Annual administration report of the Bombay Presidency - 1887-1892
Year: 1887
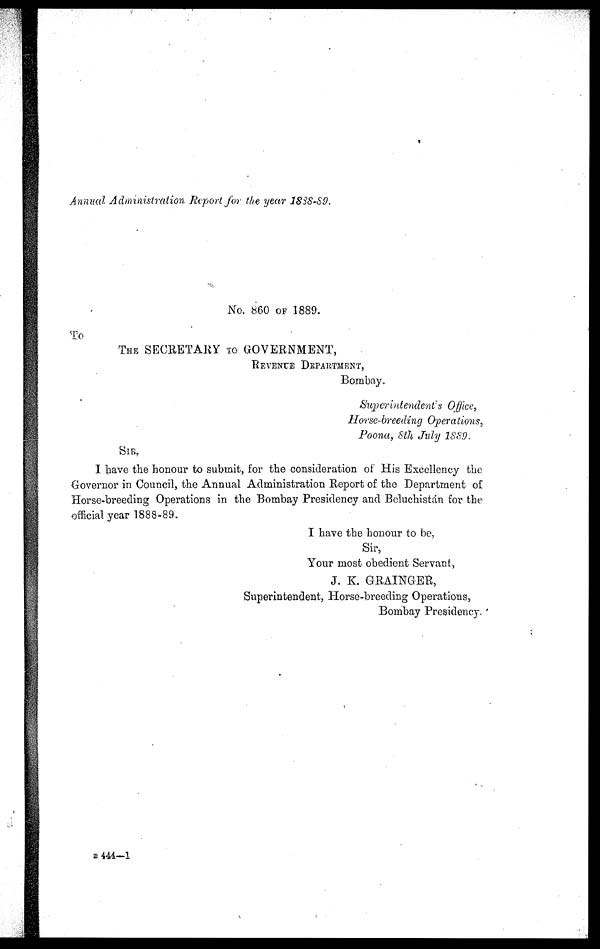
Annual Administration Report for the year 1888-89.
No. 860 OF 1889.
To
THE SECRETARY TO GOVERNMENT,
REVENUE DEPARTMENT,
Bombay.
Superintendent's Office,
Horse-breeding Operations,
Poona, 8th July 1889.
SIR,
I have the honour to submit, for the consideration of His Excellency the
Governor in Council, the Annual Administration Report of the Department of
Horse-breeding Operations in the Bombay Presidency and Beluchistán for the
official year 1888-89.
I have the honour to be,
Sir,
Your most obedient Servant,
J. K. GRAINGER,
Superintendent, Horse-breeding Operations,
Bombay Presidency
B 444—1